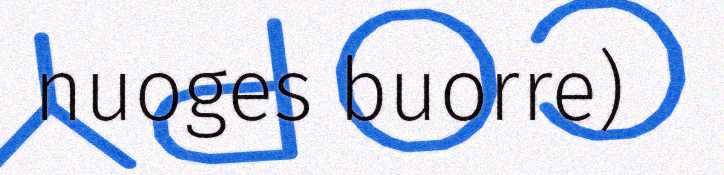
nuoges buorre)